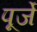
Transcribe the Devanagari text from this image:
पूर्जे